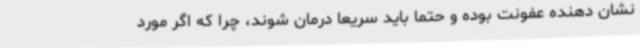
نشان دهنده عفونت بوده و حتما باید سریعا درمان شوند، چرا که اگر مورد